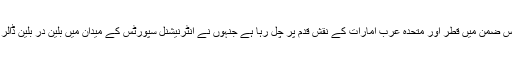
سعودی عرب اس ضمن میں قطر اور متحدہ عرب امارات کے نقش قدم پر چل رہا ہے جنہوں نے انٹرنیشنل سپورٹس کے میدان میں بلین در بلین ڈالر خرچ کیے ہیں۔